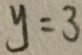
y = 3